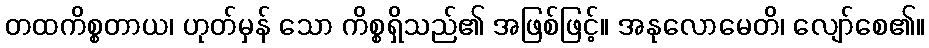
တထကိစ္စတာယ၊ ဟုတ်မှန် သော ကိစ္စရှိသည်၏ အဖြစ်ဖြင့်။ အနုလောမေတိ၊ လျော်စေ၏။